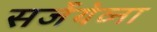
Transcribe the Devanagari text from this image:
सर्जेयेव्ना